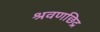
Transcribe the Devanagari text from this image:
श्रवणछिद्र